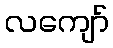
လကျော်